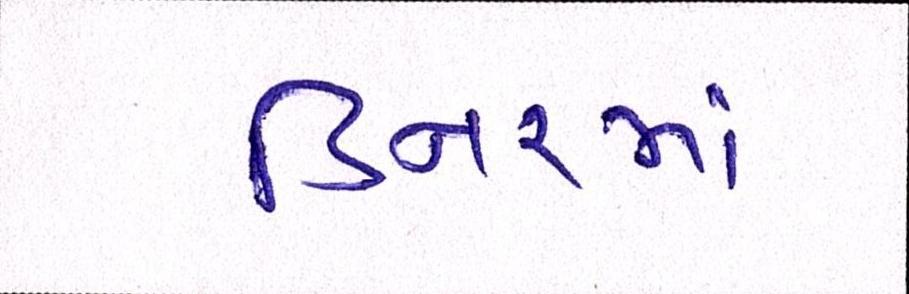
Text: ડિનરમાં